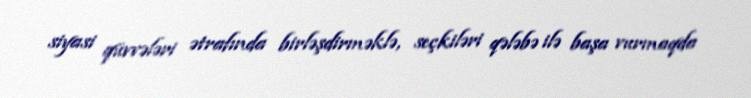
siyasi qüvvələri ətrafında birləşdirməklə, seçkiləri qələbə ilə başa vurmaqda